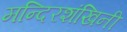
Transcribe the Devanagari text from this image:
मन्दिरशंखिनी